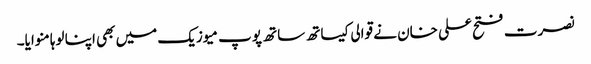
نصرت فتح علی خان نے قوالی کیساتھ ساتھ پوپ میوزیک میں بھی اپنا لوہا منوایا۔